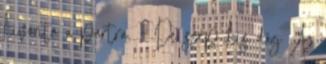
kivonta a partra. - De szép kis dög Az